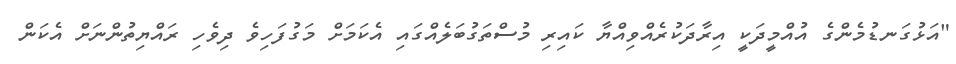
"އަޅުގަނޑުމެންގެ އުއްމީދަކީ އިރާދަކުރެއްވިއްޔާ ކައިރި މުސްތަގުބަލެއްގައި އެކަމަށް މަގުފަހިވެ ދިވެހި ރައްޔިތުންނަށް އެކަން